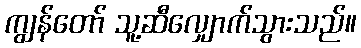
ကျွန်တော် သူ့ဆီလျှောက်သွားသည်။